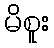
မိစူး